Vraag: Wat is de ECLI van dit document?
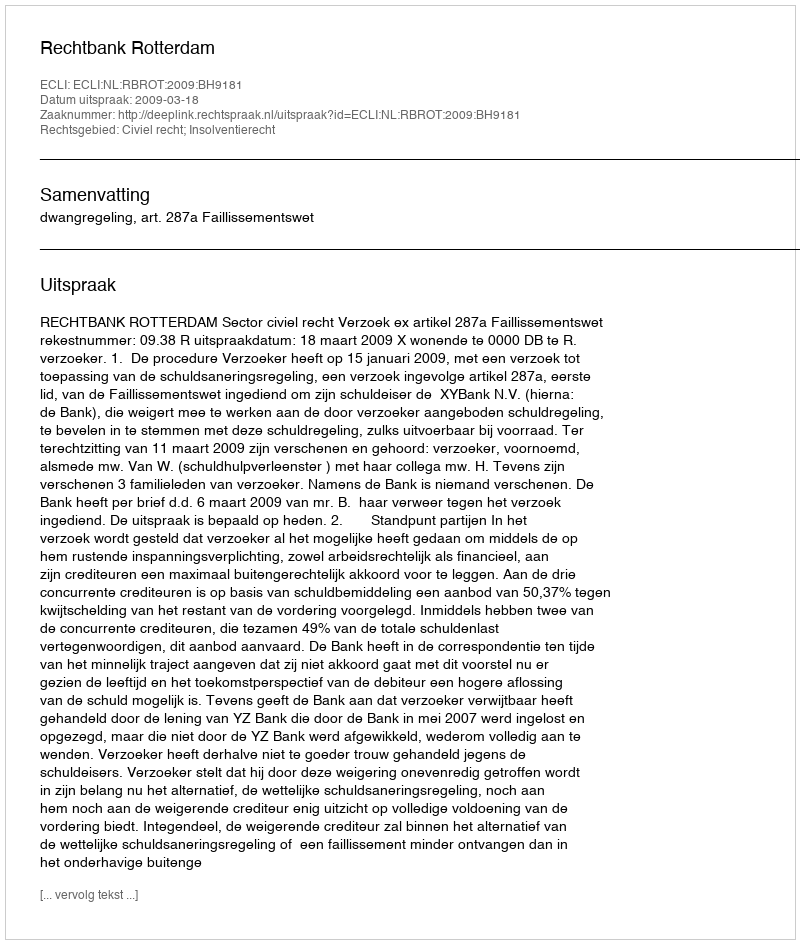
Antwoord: ECLI:NL:RBROT:2009:BH9181